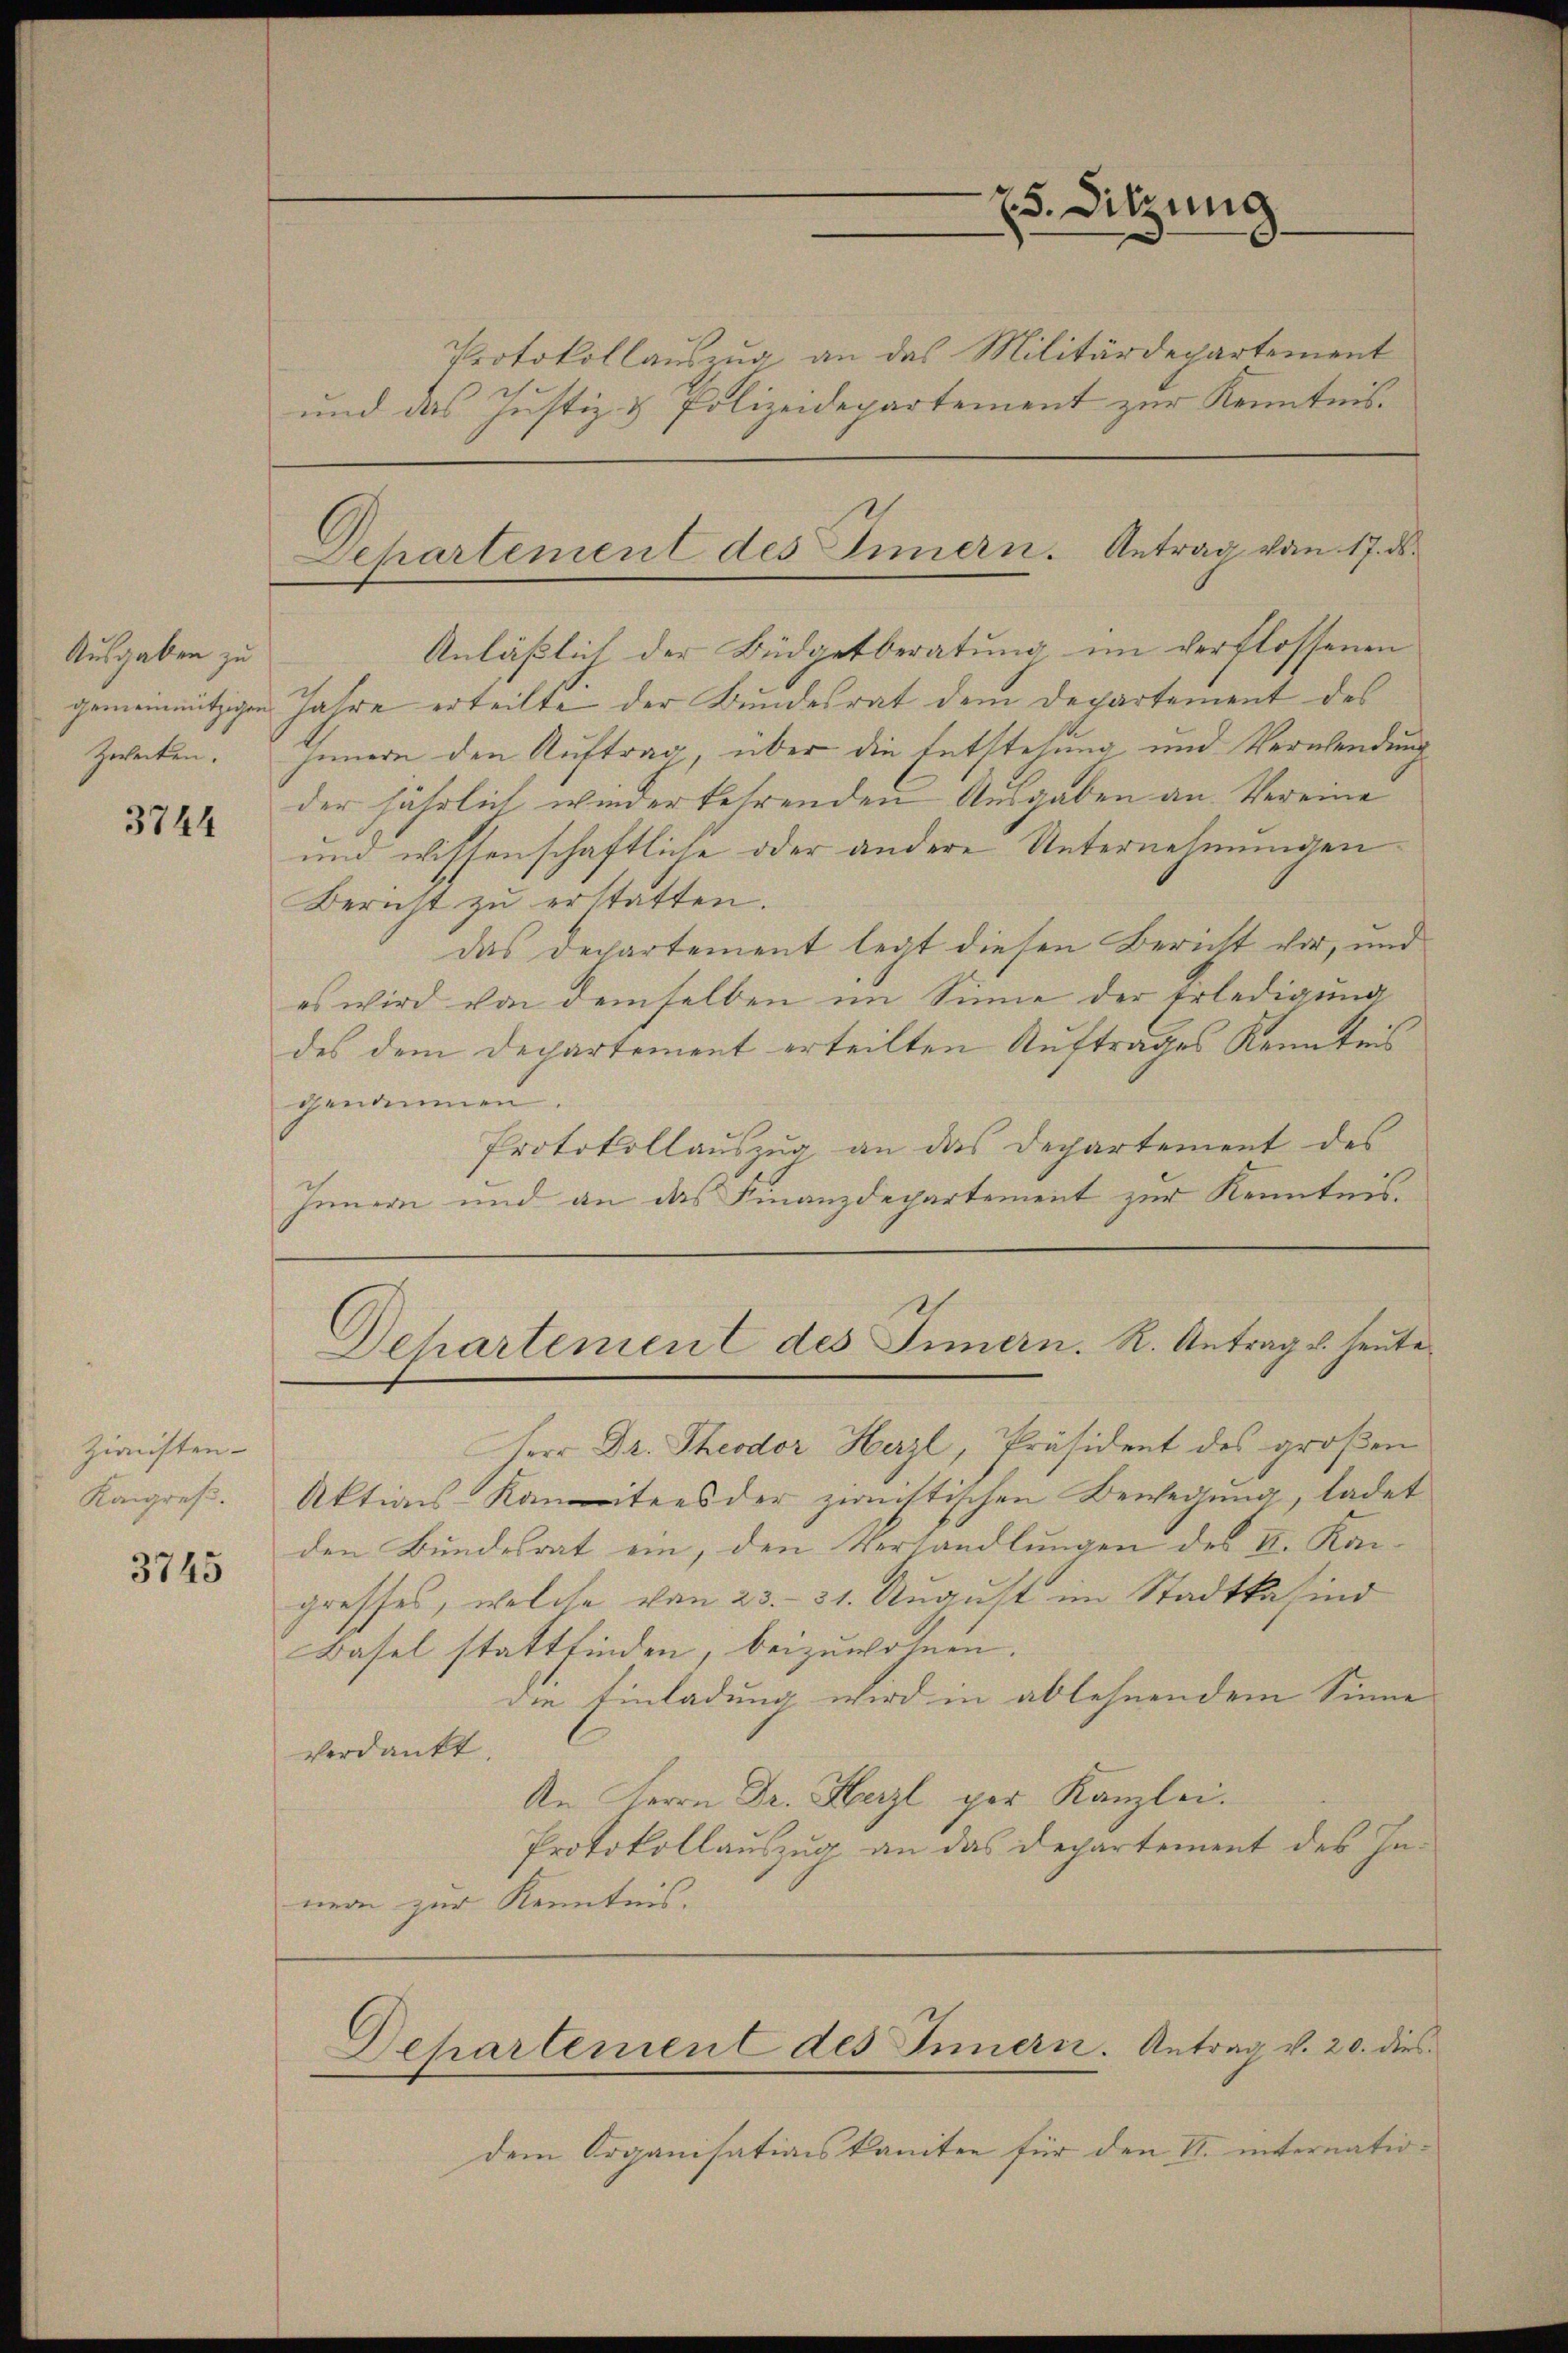
Ausgaben zu
gemeinnützigen
Zwecken.

3744

Zinnsten-
Kangres.

3745

Protokollauszug an das Militärdepartement
und das Justiz- & Polizeidepartement zur Kenntnis.

Jahre erteilte der Bundesrat dem Departement des
Innern den Auftrag, über die Entstehung und Verwendung
der jährlich wiederkehrenden Ausgaben an Vereine
und wissenschaftliche oder andere Unternehmungen
Bericht zu erstatten.
das Departement legt diesen Bericht vor, und
es wird von demselben im Sinne der Erledigung
des dem Departement erteilten Auftrages Kenntnis
genommen.
Protokollauszug, an das Departement des
Innern und an das Finanzdepartement zur Kenntnis.

Herr Dr. Theodor Herzl, Präsident des großen
Aktions-Komitees der zweistischen Bewegung, ladet
den Bundesrat ein, den Verhandlungen des II. Kangresses, welche von 23. 31. August im Stadtkasind
Basel stattfinden, beizuwohnen.
die Einladung wird in ablehnendem Sinne
verdankt.
An Herrn Dr. Herzl per Kanzlei.
Protokollauszug an das Departement des In-
nern zur Kenntnis.

dem Organisationskanten für den II. internatio¬

Departement des Innern. Antrag von 17. d.

Anläßlich der Büdgetberatung im verflossenen

25. Sitzung

Dehartement des Innern. R. Antrag u. heute

Departement des Innern. Antrag v. 20. dies